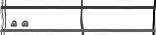
١٨